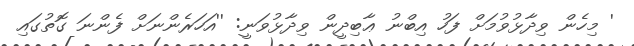
' މިހެން ވިދާޅުވުމަށް ފަހު އިބްނު ޢާބިދީން ވިދާޅުވަނީ: ''އަހަރެންނަށް ފެންނަ ގޮތުގައި